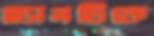
ভ্যানটিকে